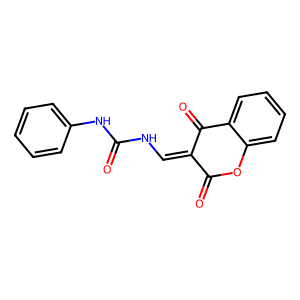
SMILES: O=C(NC=C1C(=O)Oc2ccccc2C1=O)Nc1ccccc1
Inhibits HIV replication: No